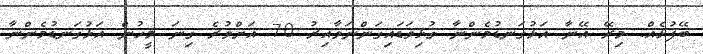
ބޭފުޅެއް. މިރޭ އޭނާ އަޅުގަނޑުމެންނާ ގުޅިވަޑައިގަންނަވާއިރު 70 އަށްވުރެ ގިނަ މީހުން އަޅުގަނޑުމެންނާ